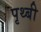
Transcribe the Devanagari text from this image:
पृथ्बी